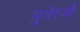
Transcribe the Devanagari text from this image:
गुलेरजी